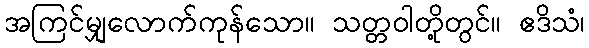
အကြင်မျှလောက်ကုန်သော။ သတ္တဝါတို့တွင်။ ဧဒိသံ၊